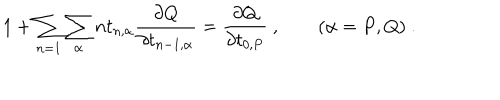
LaTeX: 1 + \sum _ { n = 1 } \sum _ { \alpha } n t _ { n , \alpha } \frac { \partial Q } { \partial t _ { n - 1 , \alpha } } = \frac { \partial Q } { \partial t _ { 0 , P } } ~ , ~ ~ ( \alpha = P , Q ) ~ .